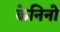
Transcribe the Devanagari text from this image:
केनिनो